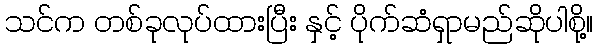
သင်က တစ်ခုလုပ်ထားပြီး နှင့် ပိုက်ဆံရှာမည်ဆိုပါစို့။